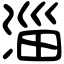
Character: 淄